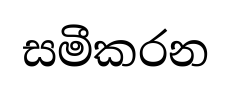
සමීකරන